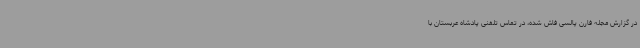
در گزارش مجله فارن پالسی فاش شده، در تماس تلفنی پادشاه عربستان با